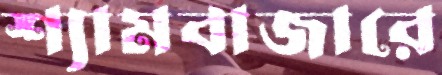
শ্যামবাজারে